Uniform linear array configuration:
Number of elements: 24
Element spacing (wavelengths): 1
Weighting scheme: exponential
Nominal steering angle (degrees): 60
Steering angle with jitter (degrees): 60.117
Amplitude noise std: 0.05
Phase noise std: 0.05

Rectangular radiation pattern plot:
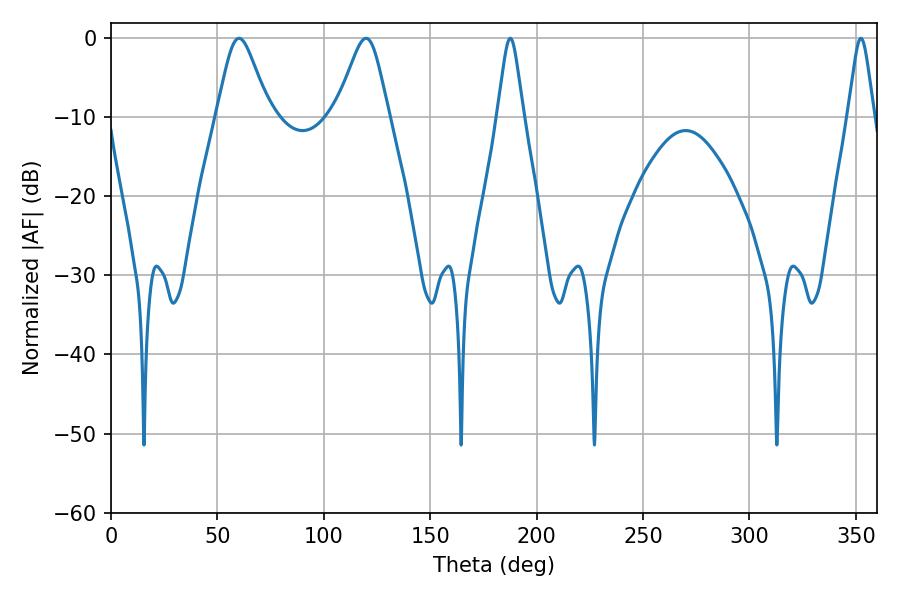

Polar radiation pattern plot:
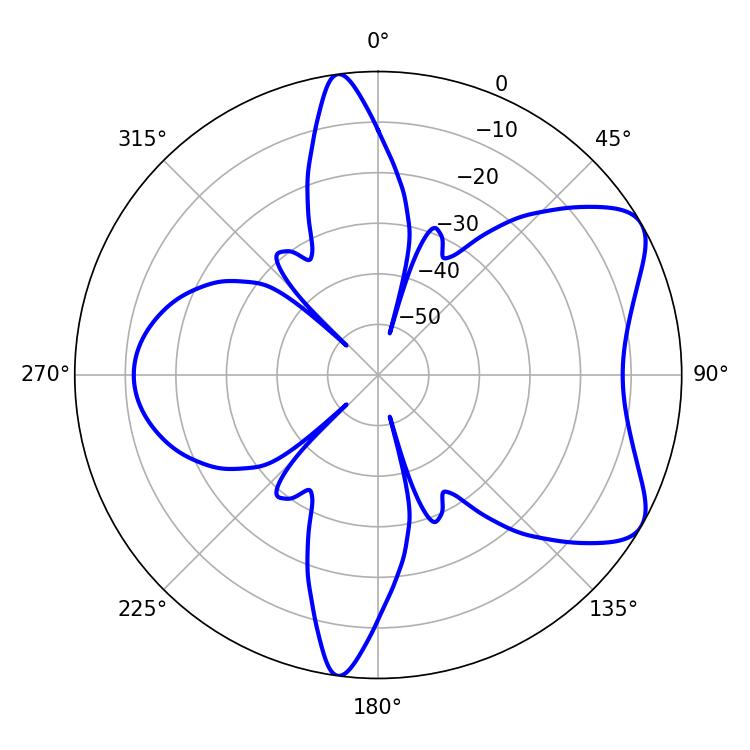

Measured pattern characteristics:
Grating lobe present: TRUE
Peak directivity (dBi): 6.98
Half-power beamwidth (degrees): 12.06
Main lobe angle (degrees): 60.12